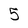
Character: 5